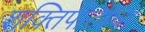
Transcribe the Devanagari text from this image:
शक्तिपीठाचा